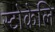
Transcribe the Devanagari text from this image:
स्टोकेलि